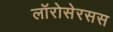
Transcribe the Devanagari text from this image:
लॉरोसेरसस